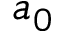
a _ { 0 }